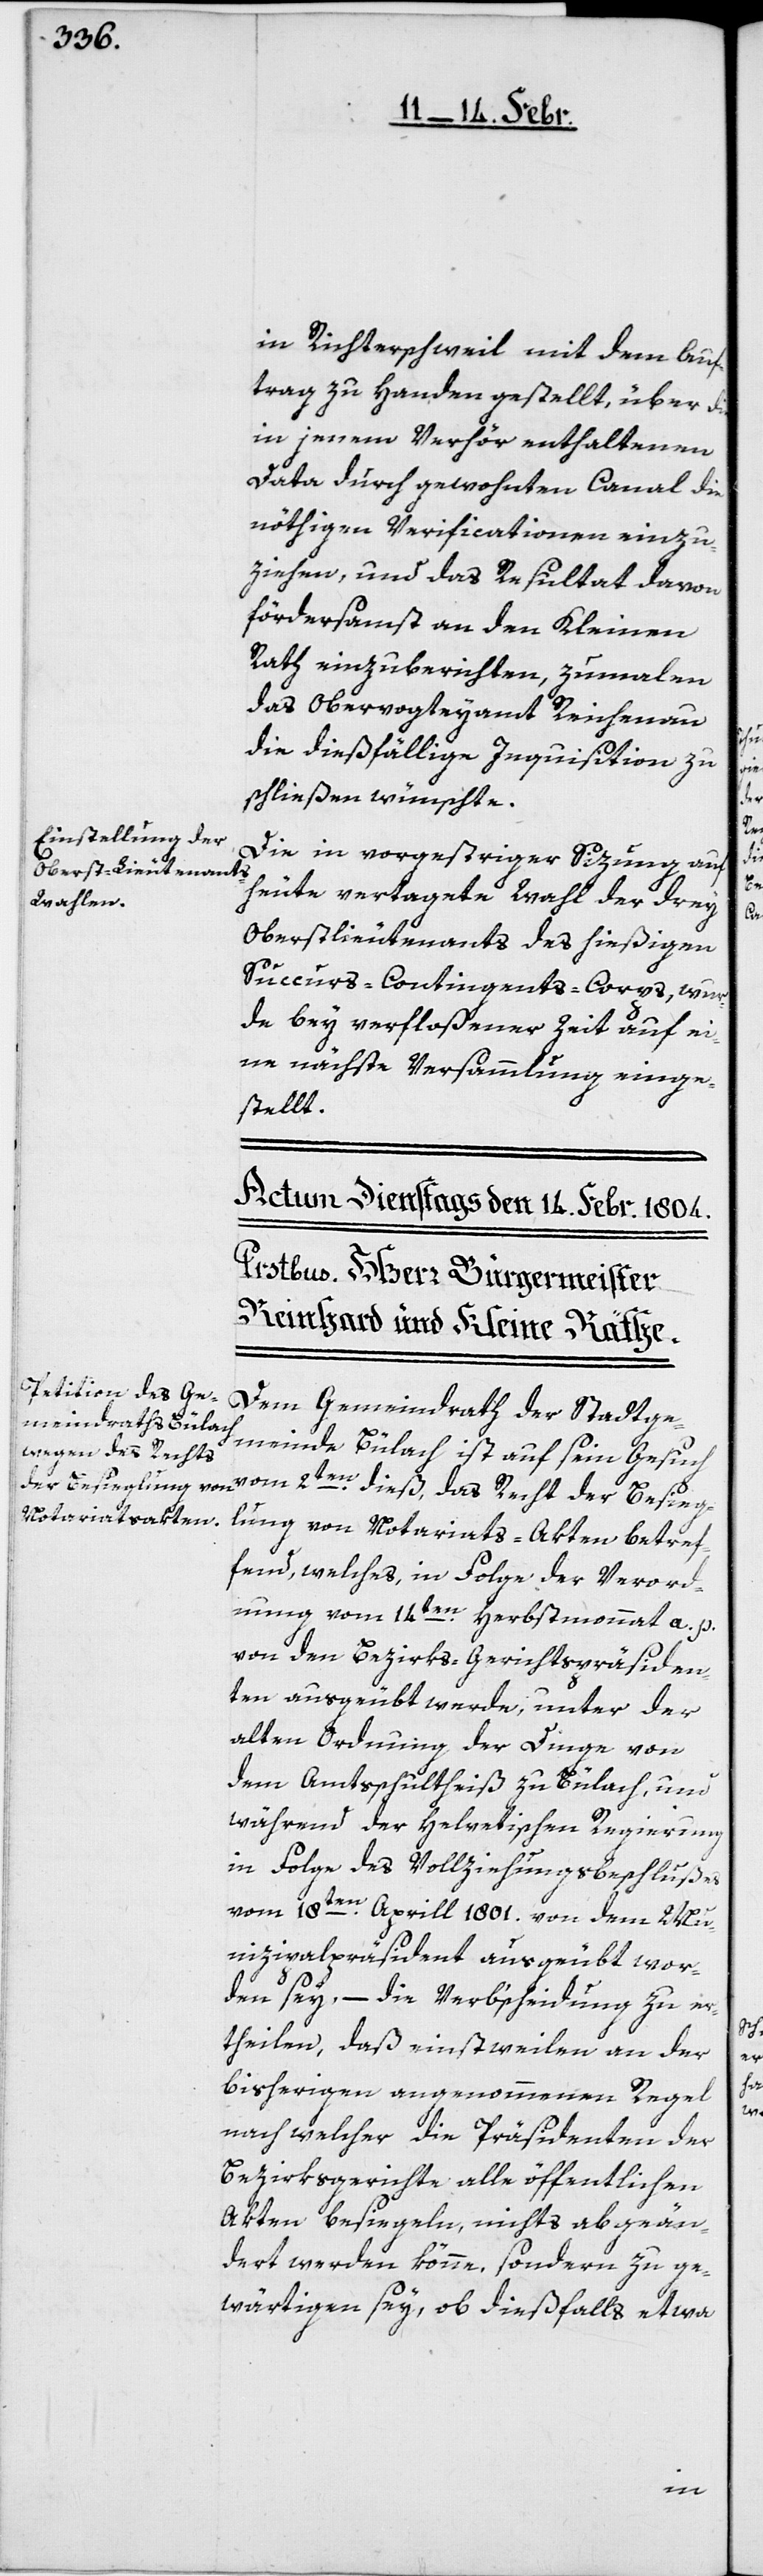
in Richterschweil mit dem Auf¬
trag zu Handen gestellt, über die
in jenem Verhör enthaltenen
Data durch gewohnten Canal die
nöthigen Verificationen einzu¬
ziehen, und das Resultat davon
fördersamst an den Kleinen
Rath einzuberichten, zumalen
das Obervogteyamt Reichenau
die dießfällige Inquisition zu
schließen wünschte.
Die in vorgestriger Sizung auf
heute vertagete Wahl der drey
Oberstlieutenants des hießigen
Succurs-Contingents-Corps, wur¬
de bey verfloßener Zeit auf ei¬
ne nächste Versammlung einge¬
stellt.
Dem Gemeindrath der Stadtge¬
meinde Bülach ist auf sein Gesuch
vom 2ten. dieß, das Recht der Besieg¬
lung von Notariats-Akten betref¬
fend, welches, in Folge der Verord¬
nung vom 14ten. Herbstmonat a. p.
von den Bezirks-Gerichtspräsiden¬
ten ausgeübt wurde, unter der
alten Ordnung der Dinge von
dem Amtsschultheiß zu Bülach, und
während der Helvetischen Regierung
in Folge des Vollziehungsbeschlußes
vom 18ten. Aprill 1801. von dem Mu¬
nizipalpräsident ausgeübt wor¬
den sey, – die Verb’scheidung zu er¬
theilen, daß einstweilen an der
bisherigen angenommenen Regel,
nach welcher die Präsidenten der
Bezirksgerichte alle öffentlichen
Akten besiegeln, nichts abgeän¬
dert werden könne, sondern zu ge¬
wärtigen sey, ob dießfalls etwa